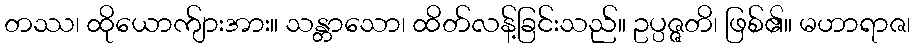
တဿ၊ ထိုယောက်ျားအား။ သန္တာသော၊ ထိတ်လန့်ခြင်းသည်။ ဥပ္ပဇ္ဇတိ၊ ဖြစ်၏။ မဟာရာဇ၊